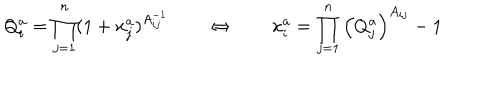
Q _ { i } ^ { a } = \prod _ { j = 1 } ^ { n } ( 1 + x _ { j } ^ { a } ) ^ { A _ { i j } ^ { - 1 } } \qquad \Leftrightarrow \qquad x _ { i } ^ { a } = \prod _ { j = 1 } ^ { n } \left( Q _ { j } ^ { a } \right) ^ { A _ { i j } } - 1